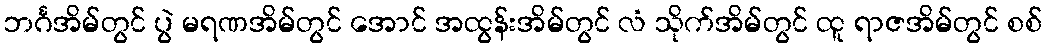
ဘင်္ဂအိမ်တွင် ပွဲ မရဏအိမ်တွင် အောင် အထွန်းအိမ်တွင် လံ သိုက်အိမ်တွင် ထူ ရာဇအိမ်တွင် စစ်